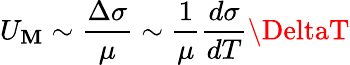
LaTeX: U_{\mathbf{M}}\sim{\frac{{\Delta\sigma}}{{\mu}}}\sim{\frac{{1}}{{\mu}}}{\frac{{d\sigma}}{{dT}}}\DeltaT